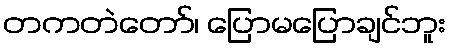
တကတဲတော်၊ ပြောမပြောချင်ဘူး